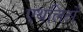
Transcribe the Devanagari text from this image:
एथलिटों